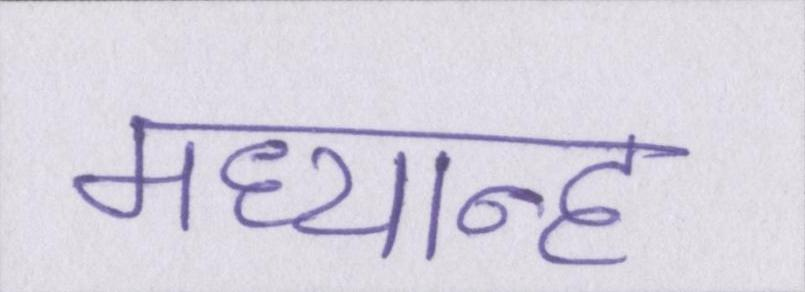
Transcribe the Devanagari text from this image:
मध्यान्ह